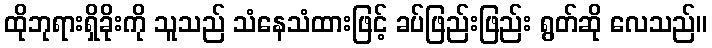
ထိုဘုရားရှိခိုးကို သူသည် သံနေသံထားဖြင့် ခပ်ဖြည်းဖြည်း ရွတ်ဆို လေသည်။